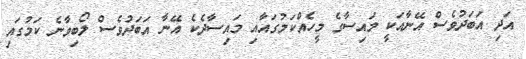
އަދި އަބަދުވެސް އޭނާއަކީ މައިސާގެ މީހެއްކަމުގައާއި މައިސާދެކެ އޭނާ އަބަދުވެސް ލޯބިވާނެ ކަމުގައި